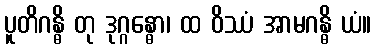
ပူတိဂန္ဓိ တု ဒုဂ္ဂန္ဓော၊ ထ ဝိဿံ အာမဂန္ဓိ ယံ။